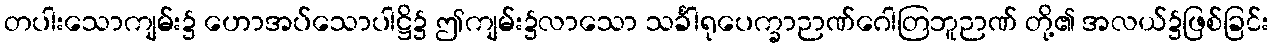
တပါးသောကျမ်း၌ ဟောအပ်သောပါဋ္ဌိ၌ ဤကျမ်း၌လာသော သင်္ခါရုပေက္ခာဉာဏ်ဂေါတြဘူဉာဏ် တို့၏ အလယ်၌ဖြစ်ခြင်း